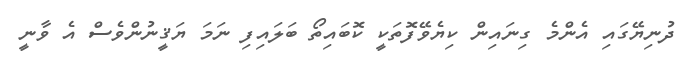
ދުނިޔޭގައި އެންމެ ގިނައިން ކިޔެވޭފޮތަކީ ކޮބައިތޯ ބަލައިފި ނަމަ ޔަޤީނުންވެސް އެ ވާނީ